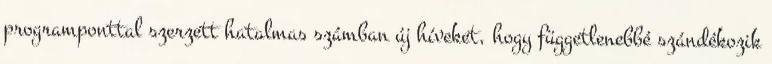
programponttal szerzett hatalmas számban új híveket, hogy függetlenebbé szándékozik